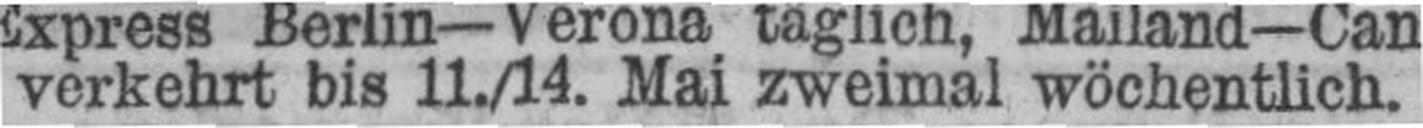
verkehrt bis 11./14. Mai zweimal wöchentlich.